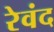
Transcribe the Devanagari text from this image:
रेवंद